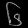
Digit: ၆